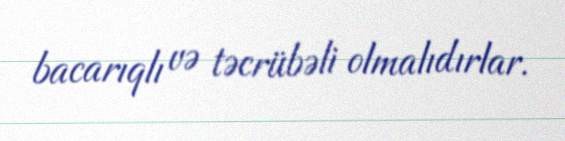
bacarıqlı və təcrübəli olmalıdırlar.